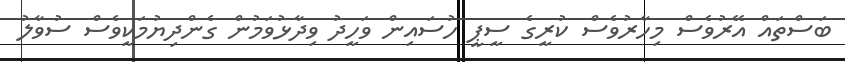
ބަސްތައް އޭރުވެސް މިހާރުވެސް ކުރީގެ ސީޕީ ހުސައިން ވަހީދު ވިދާޅުވަމުން ގެންދިޔުމަކީވެސް ސުވާލު